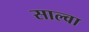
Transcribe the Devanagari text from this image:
साल्वा